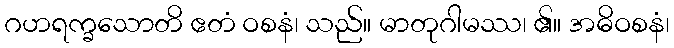
ဂဟရက္ခသောတိ ဧတံ ဝစနံ၊ သည်။ မာတုဂါမဿ၊ ၏။ အဓိဝစနံ၊